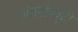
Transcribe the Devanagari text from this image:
अंतर्सम्पुटी